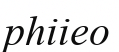
рһііео